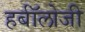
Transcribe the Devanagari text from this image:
हर्बॉलोजी